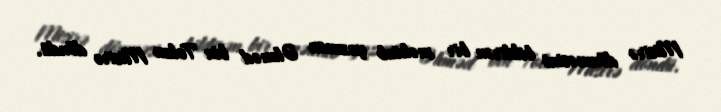
Misirə dönməsini bildirən bir məktub yazınca Əhməd bin Tolun Misirə döndü.